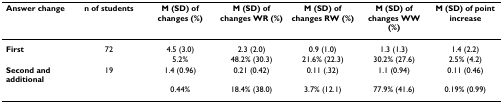
<table><thead><tr><td><b>Answer change</b></td><td><b>n of students</b></td><td><b>M (SD) of changes (%)</b></td><td><b>M (SD) of changes WR (%)</b></td><td><b>M (SD) of changes RW (%)</b></td><td><b>M (SD) of changes WW (%)</b></td><td><b>M (SD) of point increase</b></td></tr></thead><tbody><tr><td><b>First</b></td><td>72</td><td>4.5 (3.0)</td><td>2.3 (2.0)</td><td>0.9 (1.0)</td><td>1.3 (1.3)</td><td>1.4 (2.2)</td></tr><tr><td></td><td></td><td>5.2%</td><td>48.2% (30.3)</td><td>21.6% (22.3)</td><td>30.2% (27.6)</td><td>2.5% (4.2)</td></tr><tr><td><b>Second and additional</b></td><td>19</td><td>1.4 (0.96)</td><td>0.21 (0.42)</td><td>0.11 (.32)</td><td>1.1 (0.94)</td><td>0.11 (0.46)</td></tr><tr><td></td><td></td><td>0.44%</td><td>18.4% (38.0)</td><td>3.7% (12.1)</td><td>77.9% (41.6)</td><td>0.19% (0.99)</td></tr></tbody></table>